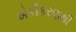
એકીકરણથી